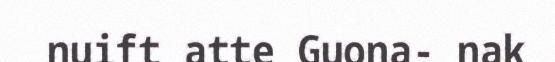
nuift atte Guona- nak